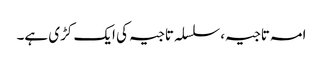
امہ تاجیہ،سلسلہ تاجیہ کی ایک کڑی ہے۔